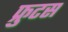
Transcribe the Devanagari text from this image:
फ्रुटस